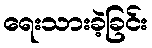
ရေးသားခဲ့ခြင်း